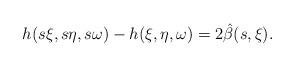
LaTeX: \begin{align*} h(s \xi,s \eta,s \omega)-h(\xi,\eta,\omega)=2\hat\beta(s,\xi).\end{align*}